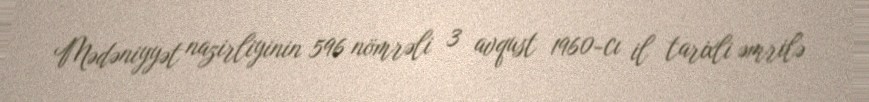
Mədəniyyət nazirliyinin 596 nömrəli 3 avqust 1960-cı il tarixli əmrilə